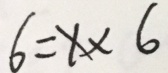
6 = 1 \times 6